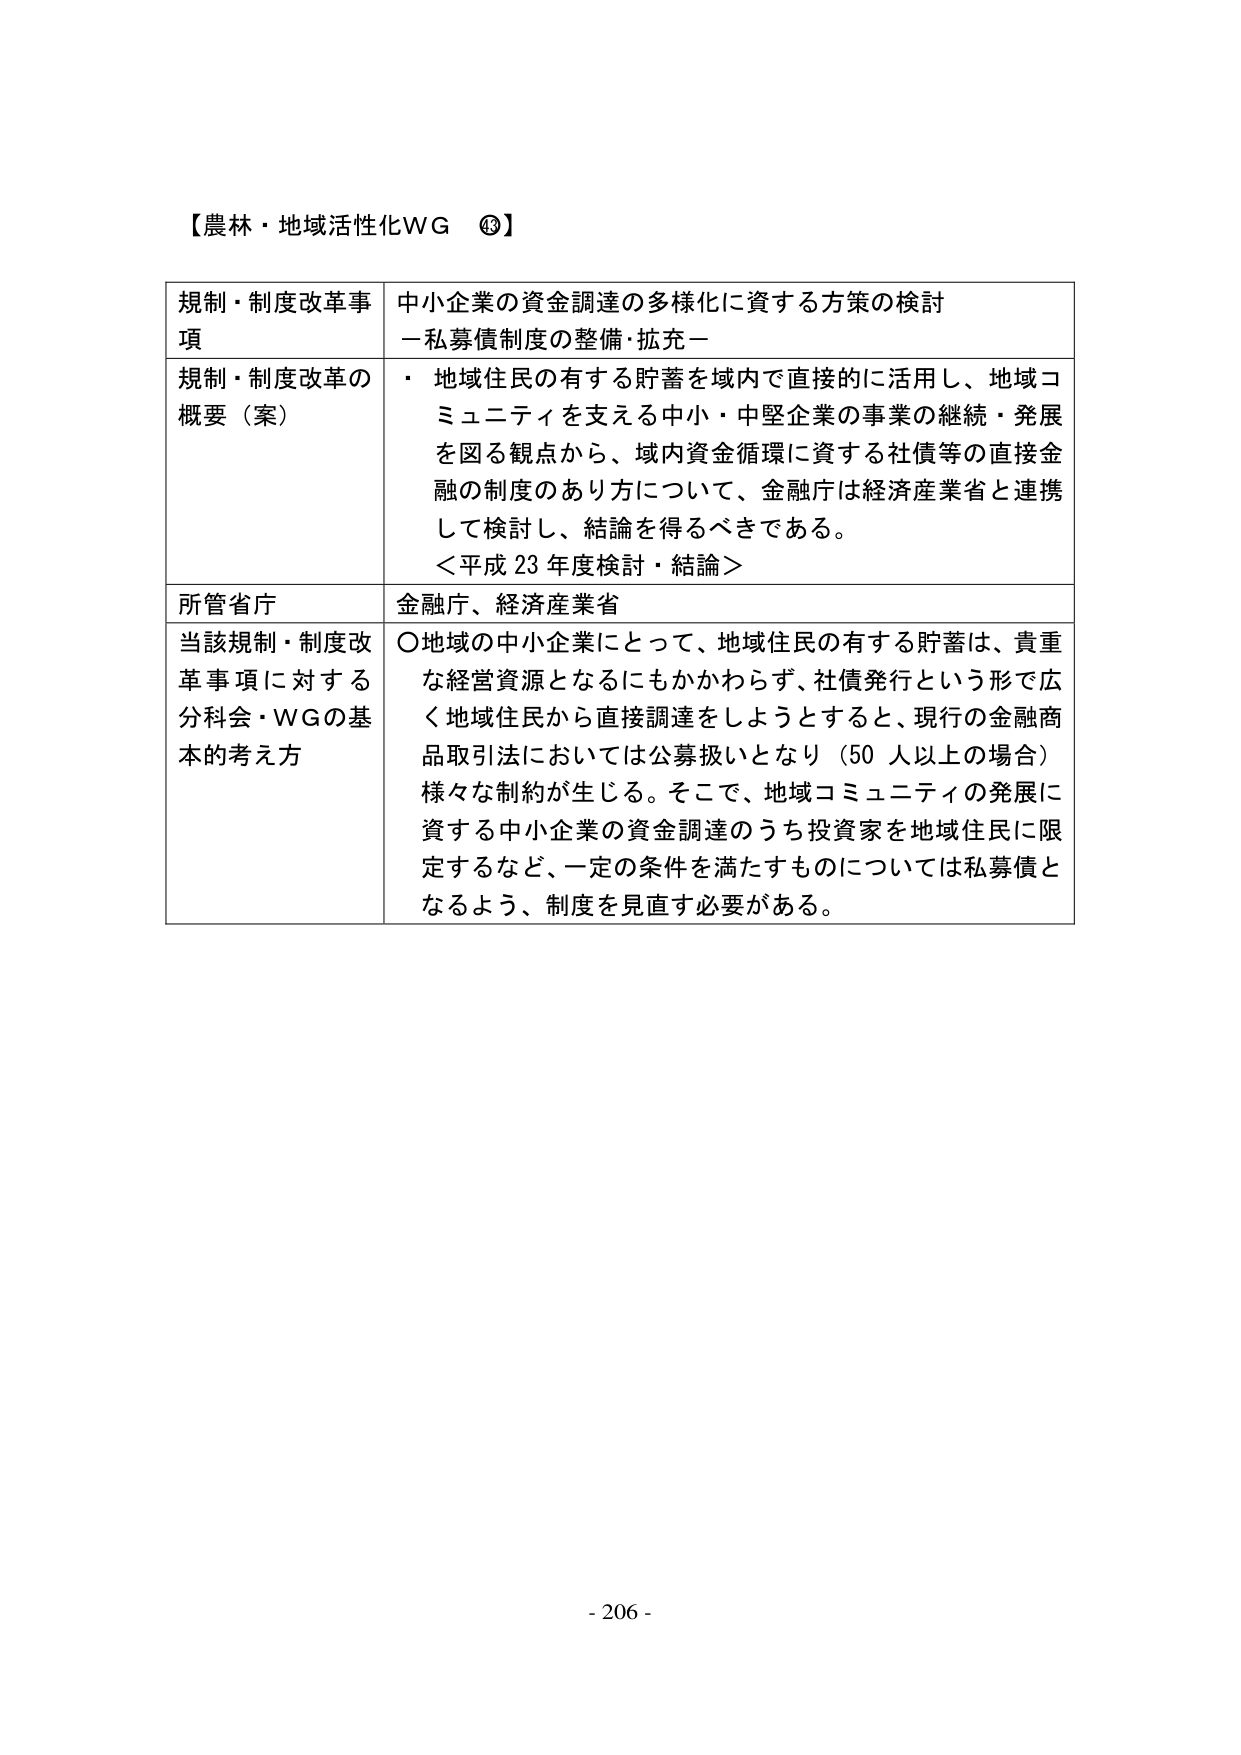
【農林・地域活性化WG ⑭】

規制・制度改革事項　中小企業の資金調達の多様化に資する方策の検討
－私募債制度の整備・拡充－

規制・制度改革の概要（案）　・ 地域住民の有する貯蓄を域内で直接的に活用し、地域コミュニティを支える中小・中堅企業の事業の継続・発展を図る観点から、域内資金循環に資する社債等の直接金融の制度のあり方について、金融庁は経済産業省と連携して検討し、結論を得るべきである。
＜平成23年度検討・結論＞

所管省庁　金融庁、経済産業省

当該規制・制度改革事項に対する分科会・WGの基本的考え方　〇地域の中小企業にとって、地域住民の有する貯蓄は、貴重な経営資源となるにもかかわらず、社債発行という形で広く地域住民から直接調達をしようとするとき、現行の金融商品取引法においては公募扱いとなり（50人以上の場合）様々な制約が生じる。そこで、地域コミュニティの発展に資する中小企業の資金調達のうち投資家を地域住民に限定するなど、一定の条件を満たすものについては私募債となるよう、制度を見直す必要がある。

- 206 -